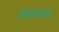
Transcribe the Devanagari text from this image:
लक्षणस्थळ